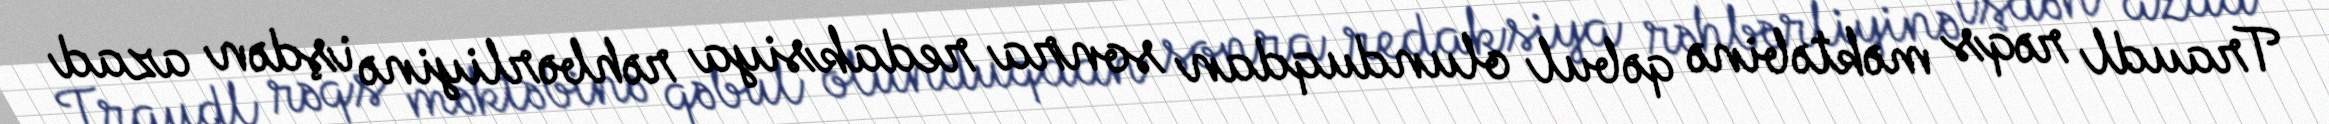
Traudl rəqs məktəbinə qəbul olunduqdan sonra redaksiya rəhbərliyinə işdən azad